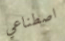
اصطناعي